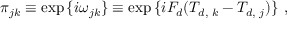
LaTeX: \pi _ { j k } \equiv \exp { \{ i \omega _ { j k } \} } \equiv \exp { \{ i F _ { d } ( T _ { d , \, \, k } - T _ { d , \, \, j } ) \} } \ ,